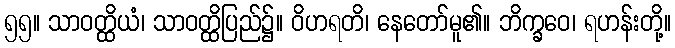
၅၅။ သာဝတ္ထိယံ၊ သာဝတ္ထိပြည်၌။ ဝိဟရတိ၊ နေတော်မူ၏။ ဘိက္ခဝေ၊ ရဟန်းတို့။